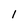
Character: 1